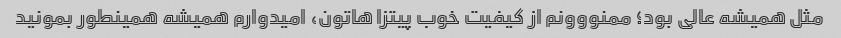
مثل همیشه عالی بود؛ ممنووونم از کیفیت خوب پیتزا هاتون، امیدوارم همیشه همینطور بمونید